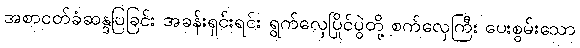
အစာငတ်ခံဆန္ဒပြခြင်း အခန်းရှင်းရင်း ရွက်လှေပြိုင်ပွဲတို့ စက်လှေကြီး ပေးစွမ်းသော